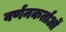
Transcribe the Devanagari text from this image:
वर्णनकर्ताओं